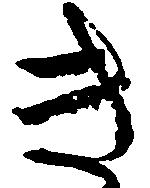
き